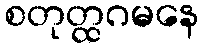
စတုတ္ထဂမနေ